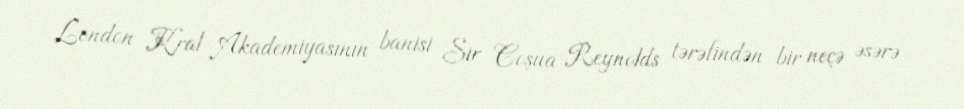
London Kral Akademiyasının banisi Sir Coşua Reynolds tərəfindən bir neçə əsərə